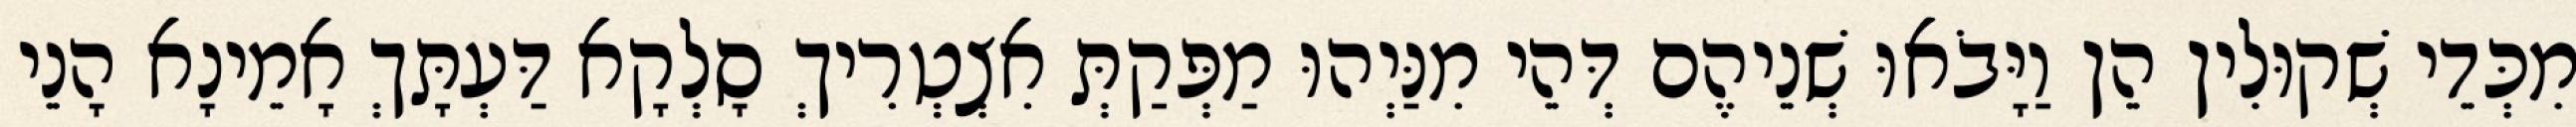
מִכְּדֵי שְׁקוּלִין הֵן וַיָּבֹאוּ שְׁנֵיהֶם דְּהֵי מִנַּיְהוּ מַפְּקַתְּ אִצְטְרִיךְ סָלְקָא דַּעְתָּךְ אָמֵינָא הָנֵי